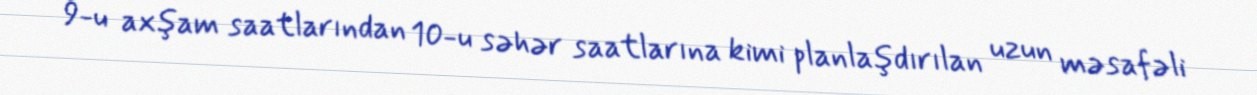
9-u axşam saatlarından 10-u səhər saatlarına kimi planlaşdırılan uzun məsafəli